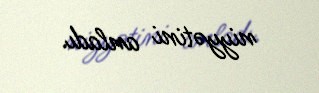
niyyətini anladı.